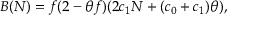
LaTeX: B ( N ) = f ( 2 - \theta f ) ( 2 c _ { 1 } N + ( c _ { 0 } + c _ { 1 } ) \theta ) ,